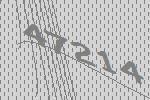
47214